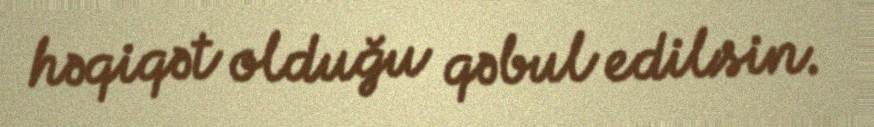
həqiqət olduğu qəbul edilsin.